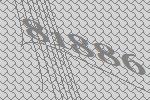
81886